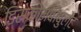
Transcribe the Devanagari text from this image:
डिसकोमबोबुलेट